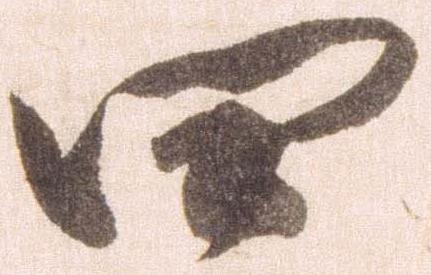
四